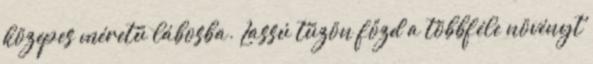
közepes méretű lábosba. Lassú tűzön főzd a többféle növényt